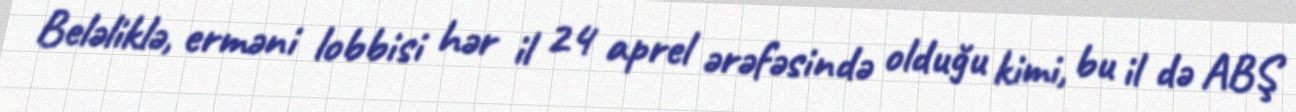
Beləliklə, erməni lobbisi hər il 24 aprel ərəfəsində olduğu kimi, bu il də ABŞ